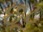
છૂટ